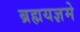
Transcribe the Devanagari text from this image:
ब्रह्मयज्ञमे